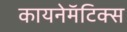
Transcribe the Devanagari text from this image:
कायनेमॅटिक्स